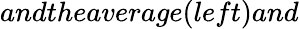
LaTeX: andtheaverage(left)and